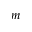
m